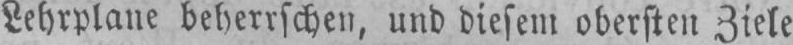
Lehrplane beherrschen, und diesem obersten Ziele